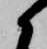
候